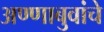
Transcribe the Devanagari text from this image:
अण्णाबुवांचे